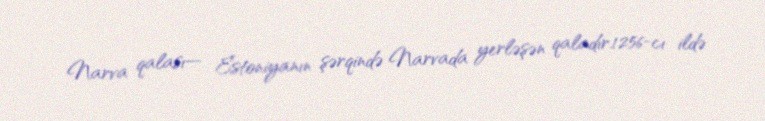
Narva qalası— Estoniyanın şərqində Narvada yerləşən qaladır.1256-cı ildə